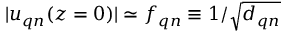
| \boldsymbol { u } _ { \boldsymbol { q } n } ( z = 0 ) | \simeq f _ { \boldsymbol { q } n } \equiv 1 / \sqrt { d _ { \boldsymbol { q } n } }